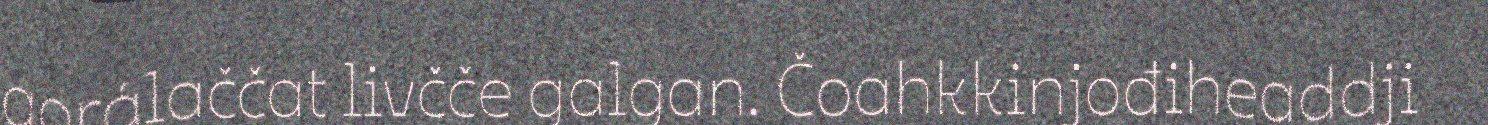
gorálaččat livčče galgan. Čoahkkinjođiheaddji